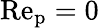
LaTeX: \mathrm{Re_{\mathrm{p}}}=0